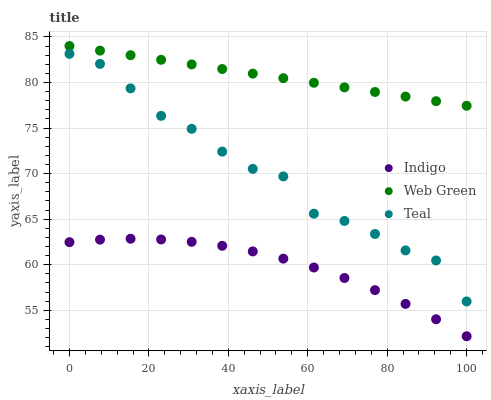
| xaxis_label | Indigo | Web Green | Teal |
 | --- | --- | --- | --- |
 | 0 | 62.5 | 84 | 83.1 |
 | 7.69 | 62.8 | 83.5 | 82 |
 | 15.4 | 62.9 | 83 | 79.4 |
 | 23.1 | 62.8 | 82.5 | 76.3 |
 | 30.8 | 62.5 | 82 | 74.9 |
 | 38.5 | 62.1 | 81.5 | 72.4 |
 | 46.2 | 61.5 | 81 | 70.5 |
 | 53.8 | 60.7 | 80.5 | 69.7 |
 | 61.5 | 59.7 | 80 | 65.6 |
 | 69.2 | 58.5 | 79.5 | 64.8 |
 | 76.9 | 57.2 | 79 | 63.4 |
 | 84.6 | 55.7 | 78.5 | 61.6 |
 | 92.3 | 54 | 77.9 | 60.5 |
 | 100 | 52.2 | 77.4 | 56 |